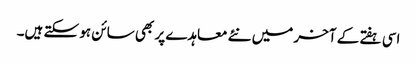
اسی ہفتے کے آخر میں نئے معاہدے پر بھی سائن ہو سکتے ہیں۔